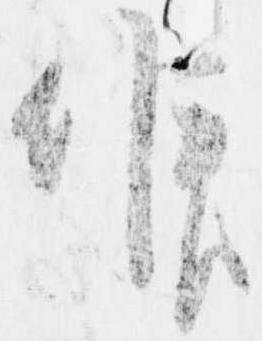
候